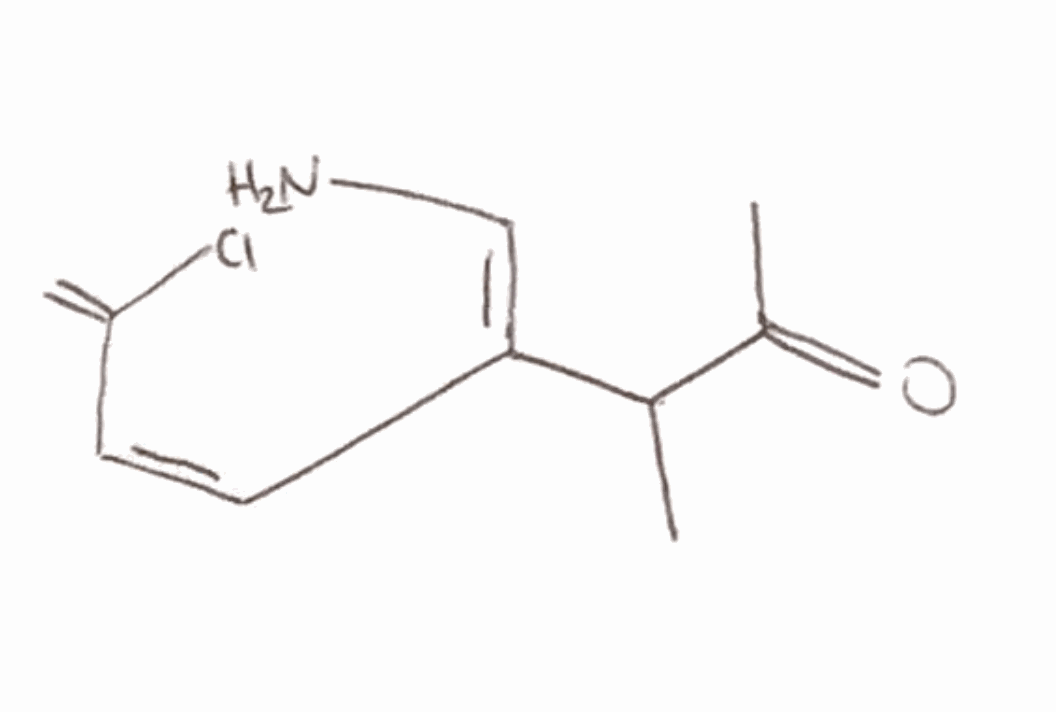
Simplified molecular-input line-entry system (SMILES) notation of the given molecule:
CC(C(=O)C)/C(=C/N)/C=C\C(=C)Cl